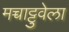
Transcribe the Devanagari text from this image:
मच्चाट्टुवेला